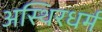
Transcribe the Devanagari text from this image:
अस्थिरधर्म